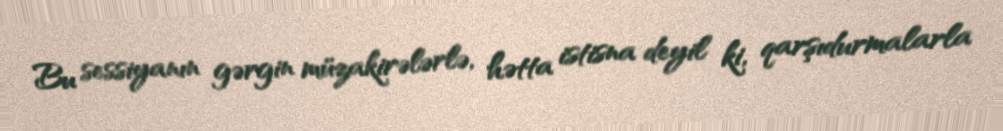
Bu sessiyanın gərgin müzakirələrlə, hətta istisna deyil ki, qarşıdurmalarla